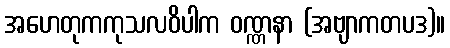
အဟေတုကကုသလဝိပါက ဝဏ္ဏနာ (အဗျာကတပဒ)။